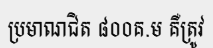
ប្រមាណជិត ៨០០គ.ម គឺត្រូវ